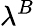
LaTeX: \lambda^{B}